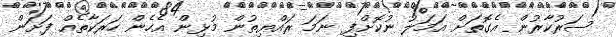
ސަރުކާރުން އެގޮތަށް އަމަލު ނުކޮށްފި ނަމަ ރައްޔިތުން މުޅިން އެހެން ހަރަކާތެއް ފަށަން